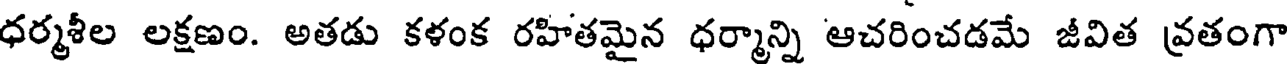
ధర్మశీల లక్షణం. అతడు కళంక రహితమైన ధర్మాన్ని ఆచరించడమే జీవిత వ్రతంగా